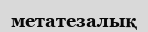
метатезалық